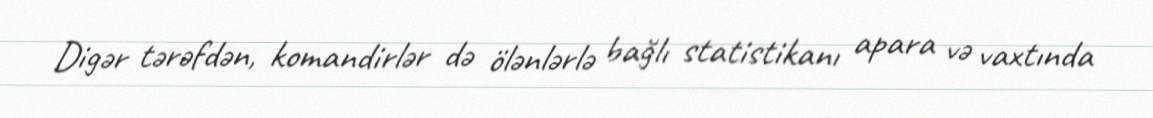
Digər tərəfdən, komandirlər də ölənlərlə bağlı statistikanı apara və vaxtında